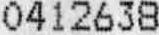
0412638